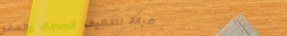
شركة لتنظيف السجاد والمفر